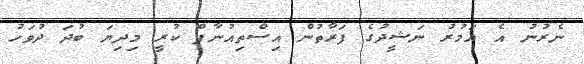
ނެރުނު އެ އަމުރު ނަޝީދުގެ ފަރާތުން އިސްތިއުނާފް ކުރީ މިދިޔަ ބުދަ ދުވަހު